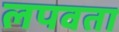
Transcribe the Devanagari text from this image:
लपवता